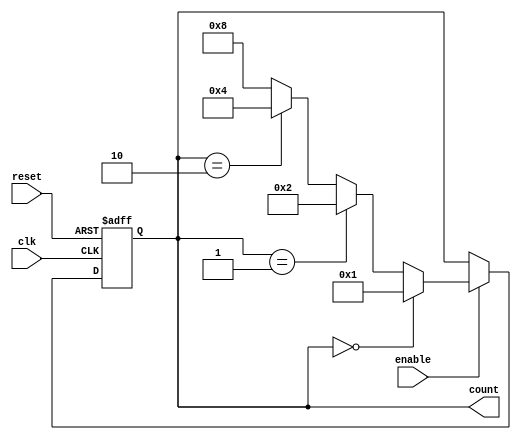
module Johnson_Counter_with_Enable (
    input wire clk,
    input wire reset,
    input wire enable,
    output reg [3:0] count
);

reg [3:0] next_count;

always @(posedge clk or posedge reset) begin
    if (reset) begin
        count <= 4'b0000;
    end else if (enable) begin
        count <= next_count;
    end
end

always @* begin
    if (count == 4'b0000) begin
        next_count = 4'b0001;
    end else if (count == 4'b0001) begin
        next_count = 4'b0010;
    end else if (count == 4'b0010) begin
        next_count = 4'b0100;
    end else begin
        next_count = 4'b1000;
    end
end

endmodule